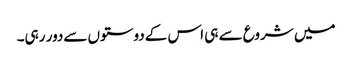
میں شروع سے ہی اس کےدوستوں سےدور رہی۔